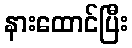
နားထောင်ပြီး